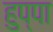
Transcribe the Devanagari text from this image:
हुप्पा